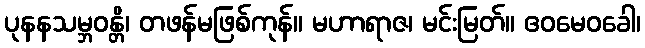
ပုနနသမ္ဘဝန္တိ၊ တဖန်မဖြစ်ကုန်။ မဟာရာဇ၊ မင်းမြတ်။ ဧဝမေဝခေါ၊